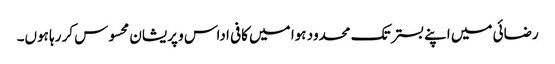
رضائی میں اپنے بستر تک محدود ہوا میں کافی اداس و پریشان محسوس کر رہا ہوں۔